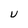
Character: U